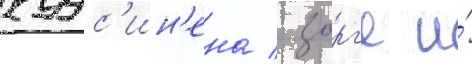
куус'ин'ена / зорг'е и́